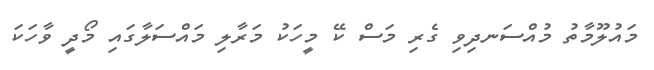
މައުލޫމާތު މުއްސަނދިވި ގެރި މަސް ކޭ މީހަކު މަރާލި މައްސަލާގައި މޯދީ ވާހަކަ